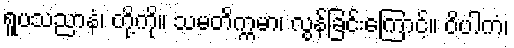
ရူပသညာနံ၊ တို့ကို။ သမတိက္ကမာ၊ လွန်ခြင်းကြောင့်။ ဝိပါကံ၊